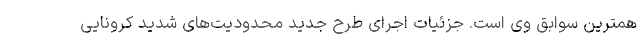
همترین سوابق وی است. جزئیات اجرای طرح جدید محدودیت‌های شدید کرونایی